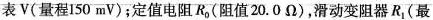
表V(量程150 mV)；定值电阻R_{0}(阻值20.0Ω)，滑动变阻器R_{1}(最